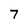
Character: 7